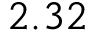
2 . 3 2